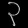
Digit: ၃